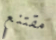
مقتنع